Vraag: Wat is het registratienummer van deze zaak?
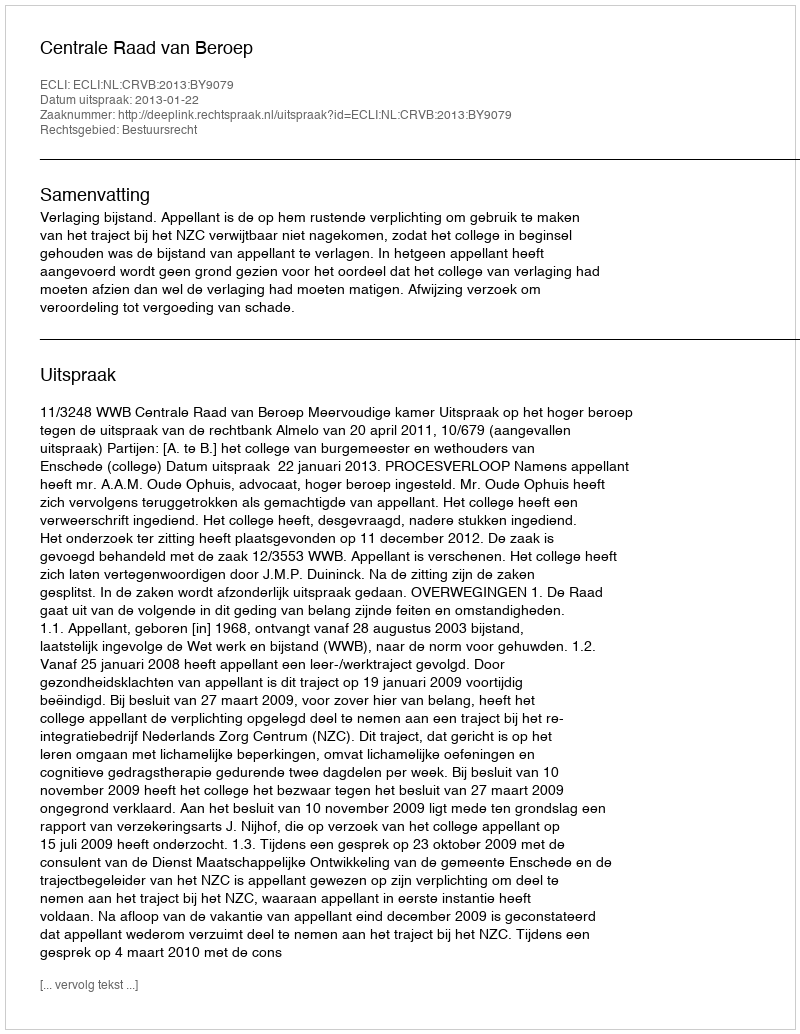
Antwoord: http://deeplink.rechtspraak.nl/uitspraak?id=ECLI:NL:CRVB:2013:BY9079